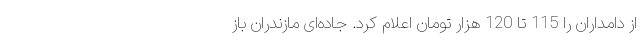
از دامداران را 115 تا 120 هزار تومان اعلام کرد. جاده‌ای مازندران باز